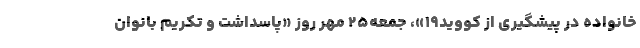
خانواده در پیشگیری از کووید۱۹»، جمعه۲۵ مهر روز «پاسداشت و تکریم بانوان